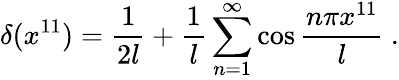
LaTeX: \delta(x^{11})={\frac{1}{2l}}+{\frac{1}{l}}\sum_{n=1}^{\infty}\cos{\frac{n\pi x^{11}}{l}}\ .